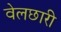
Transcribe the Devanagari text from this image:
वेलछारी